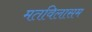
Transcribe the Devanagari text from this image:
मतविलासम